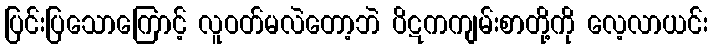
ပြင်းပြသောကြောင့် လူဝတ်မလဲတော့ဘဲ ပိဋကကျမ်းစာတို့ကို လေ့လာယင်း